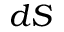
d S